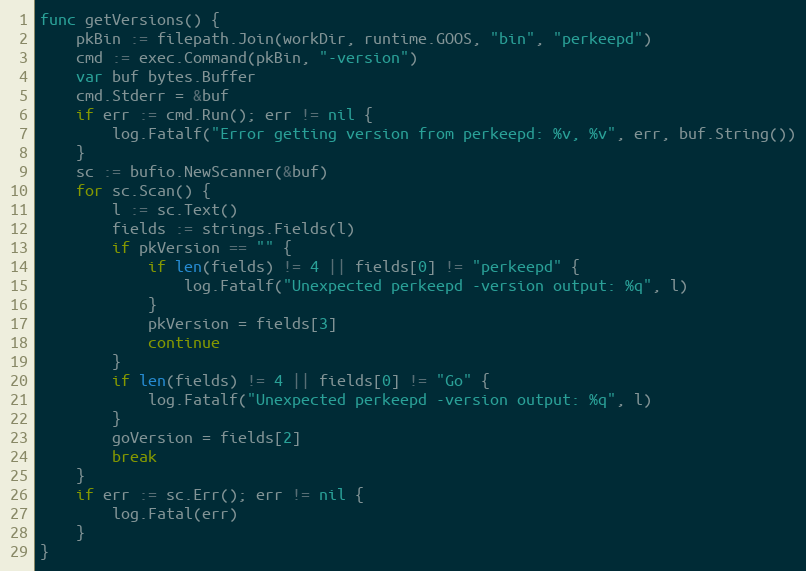
Language: Go
func getVersions() {
	pkBin := filepath.Join(workDir, runtime.GOOS, "bin", "perkeepd")
	cmd := exec.Command(pkBin, "-version")
	var buf bytes.Buffer
	cmd.Stderr = &buf
	if err := cmd.Run(); err != nil {
		log.Fatalf("Error getting version from perkeepd: %v, %v", err, buf.String())
	}
	sc := bufio.NewScanner(&buf)
	for sc.Scan() {
		l := sc.Text()
		fields := strings.Fields(l)
		if pkVersion == "" {
			if len(fields) != 4 || fields[0] != "perkeepd" {
				log.Fatalf("Unexpected perkeepd -version output: %q", l)
			}
			pkVersion = fields[3]
			continue
		}
		if len(fields) != 4 || fields[0] != "Go" {
			log.Fatalf("Unexpected perkeepd -version output: %q", l)
		}
		goVersion = fields[2]
		break
	}
	if err := sc.Err(); err != nil {
		log.Fatal(err)
	}
}